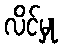
လိင်မှု